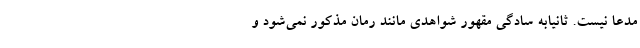
مدعا نیست. ثانیاًبه سادگی مقهور شواهدی مانند رمان مذکور نمی‌شود و